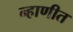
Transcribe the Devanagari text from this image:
न्हाणीत